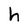
Character: h